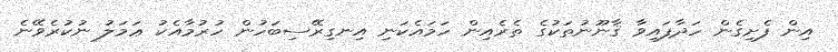
އިން ފެށިގެން ހަދާފައިވާ ޤާނޫނުތަކުގެ ތެރެއިން ހަމައެކަނި އިނގިރޭސިބަހުން ހުރުމާއެކު ޢަމަލު ނުކުރެވޭނެ